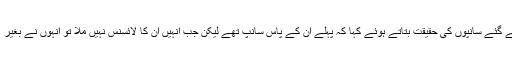
رابی پیرزادہ نے اپنے بیوٹی سیلون میں رکھے گئے سانپوں کی حقیقت بتاتے ہوئے کہا کہ پہلے ان کے پاس سانپ تھے لیکن جب انہیں ان کا لائسنس نہیں ملا تو انہوں نے بغیر لائسنس کے یہ سانپ اپنے پاس نہیں رکھے ۔